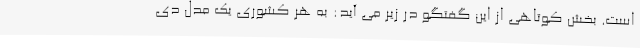
است. بخش کوتاهی از این گفتگو در زیر می آید: به هر کشوری یک مدل دی